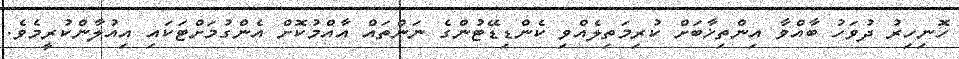
ހޮނިހިރު ދުވަހު ބާއްވާ އިންތިޚާބަށް ކުރިމަތިލެއްވި ކެންޑިޑޭޓުންގެ ނަންތައް އާއްމުކޮށް އެންގުމަށްޓަކައި އިއުލާންކުރީމެވެ.